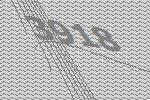
3918